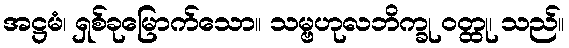
အဋ္ဌမံ၊ ရှစ်ခုမြောက်သော။ သမ္ဗဟုလဘိက္ခု ဝတ္ထု၊ သည်။